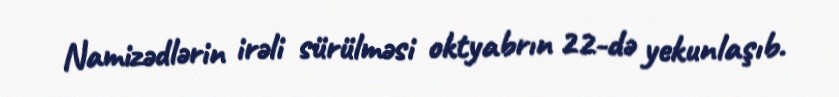
Namizədlərin irəli sürülməsi oktyabrın 22-də yekunlaşıb.